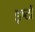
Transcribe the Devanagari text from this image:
इष्‍टों